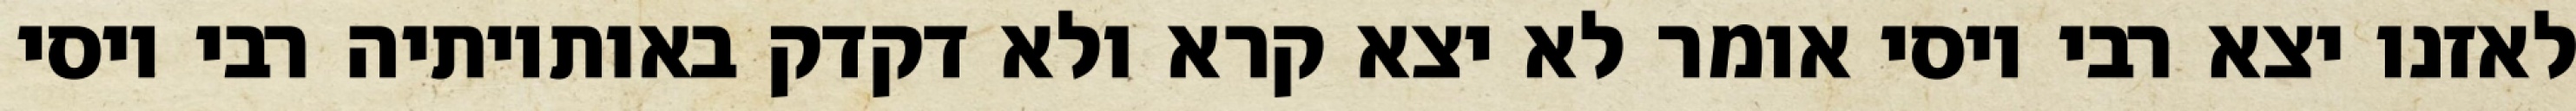
לאזנו יצא רבי יוסי אומר לא יצא קרא ולא דקדק באותיותיה רבי יוסי